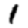
Digit: 1